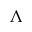
\Lambda